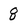
Character: 8